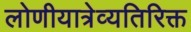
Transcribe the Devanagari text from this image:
लोणीयात्रेव्यतिरिक्त